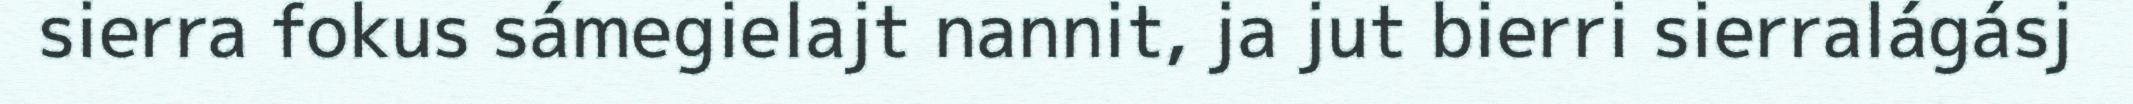
sierra fokus sámegielajt nannit, ja jut bierri sierralágásj